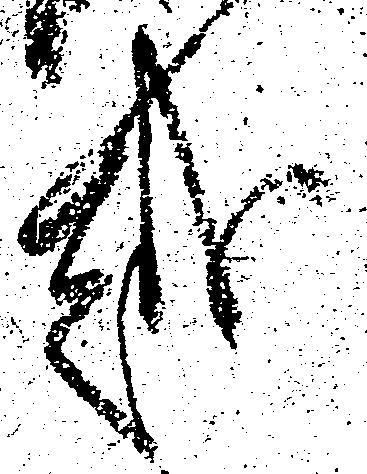
越